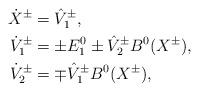
LaTeX: \begin{align*}\dot{X}^\pm&=\hat{V}^\pm_1,\\\dot{V}^\pm_1&=\pm E_1^0\pm\hat{V}^\pm_2B^0(X^\pm),\\\dot{V}^\pm_2&=\mp\hat{V}^\pm_1B^0(X^\pm),\end{align*}